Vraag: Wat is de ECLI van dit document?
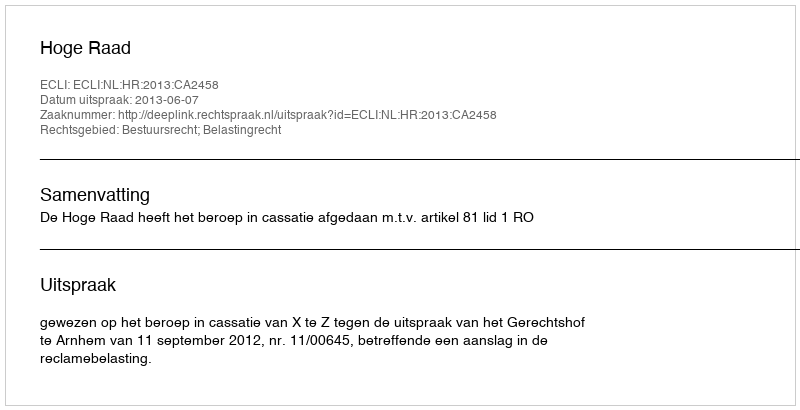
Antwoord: ECLI:NL:HR:2013:CA2458